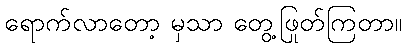
ရောက်လာတော့ မှသာ တွေ့ဖြုတ်ကြတာ။